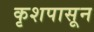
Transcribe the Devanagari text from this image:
कृशपासून